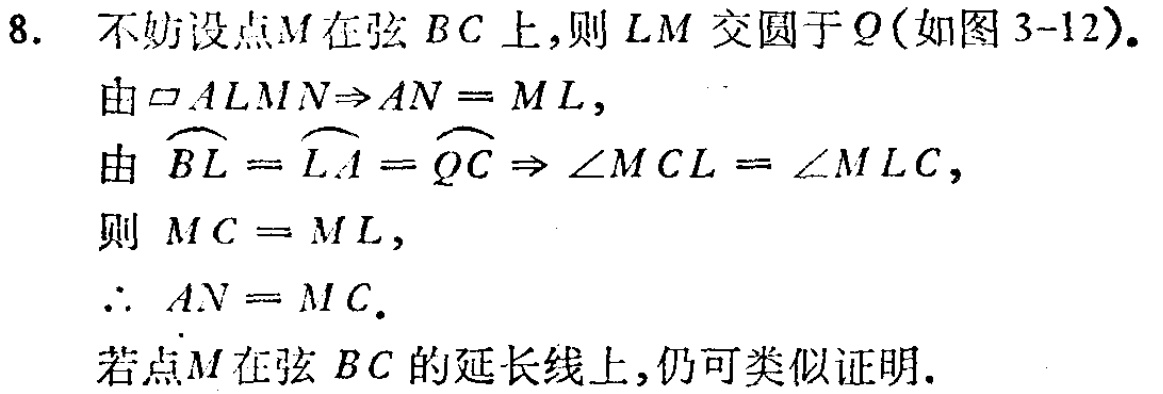
8. 不妨设点\(M\)在弦\(BC\)上,则 \(LM\) 交圆于 \(Q\)(如图 3-12).
由 \(\square ALMN\Rightarrow AN = ML\),
由 \(\overset{\frown}{BL}=\overset{\frown}{LA}=\overset{\frown}{QC}\Rightarrow\angle MCL=\angle MLC\),
则 \(MC = ML\),
\(\therefore AN = MC\).
若点\(M\)在弦 \(BC\) 的延长线上,仍可类似证明.